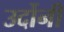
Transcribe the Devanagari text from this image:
उर्दोनी